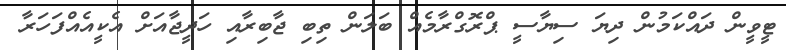
ޓީވީން ދައްކަމުން ދިޔަ ސިޔާސީ ޕްރޮގްރާމެއް ބަލަން ތިބި ޖާބިރާއި ހަދީޖާއަށް އެކީއެއްފަހަރާ